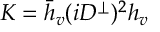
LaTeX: { \cal K } = \bar { h } _ { v } ( i D ^ { \perp } ) ^ { 2 } h _ { v }